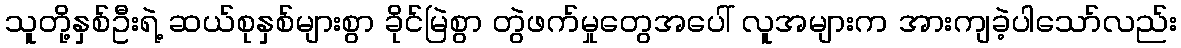
သူတို့နှစ်ဦးရဲ့ ဆယ်စုနှစ်များစွာ ခိုင်မြဲစွာ တွဲဖက်မှုတွေအပေါ် လူအများက အားကျခဲ့ပါသော်လည်း